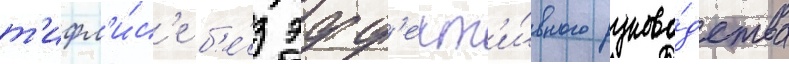
т'ифл'и́с'е б'е́з эфф'ект'и́вного руково́дства